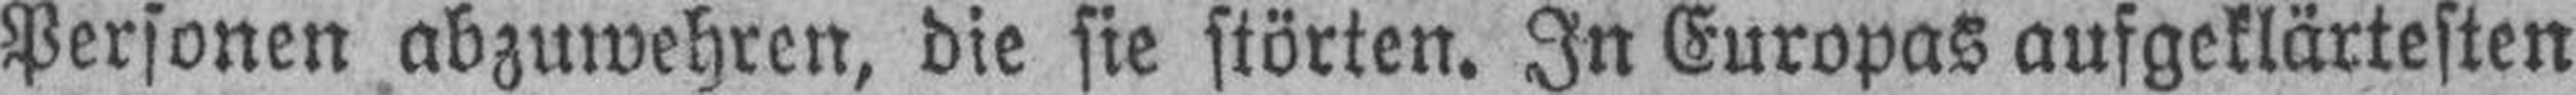
Personen abzuwehren, die sie störten. In Europas aufgeklärtesten